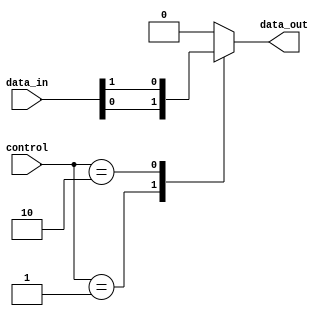
module mux512to1 (
    input [511:0] data_in,
    input [8:0] control,
    output reg data_out
);

always @(*) begin
    case (control)
        9'b000000001: data_out = data_in[0];
        9'b000000010: data_out = data_in[1];
        // Continue with all 512 cases...
        default: data_out = 0;
    endcase
end

endmodule